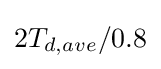
2T_{d,ave}/0.8